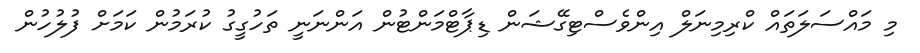
މި މައްސަލަތައް ކްރިމިނަލް އިންވެސްޓިގޭޝަން ޑިޕާޓްމަންޓުން އަންނަނީ ތަހުގީގު ކުރަމުން ކަމަށް ފުލުހުން